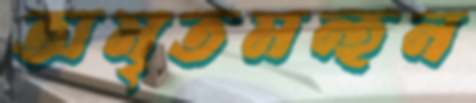
অমৃতমন্হন